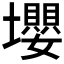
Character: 𡓫